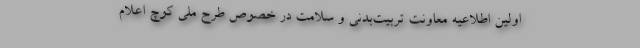
اولین اطلاعیه معاونت تربیت‌بدنی و سلامت در خصوص طرح ملی کوچ اعلام